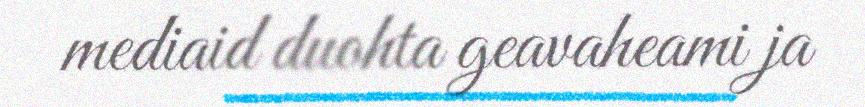
mediaid duohta geavaheami ja